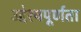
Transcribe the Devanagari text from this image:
उद्देश्यपूर्णता